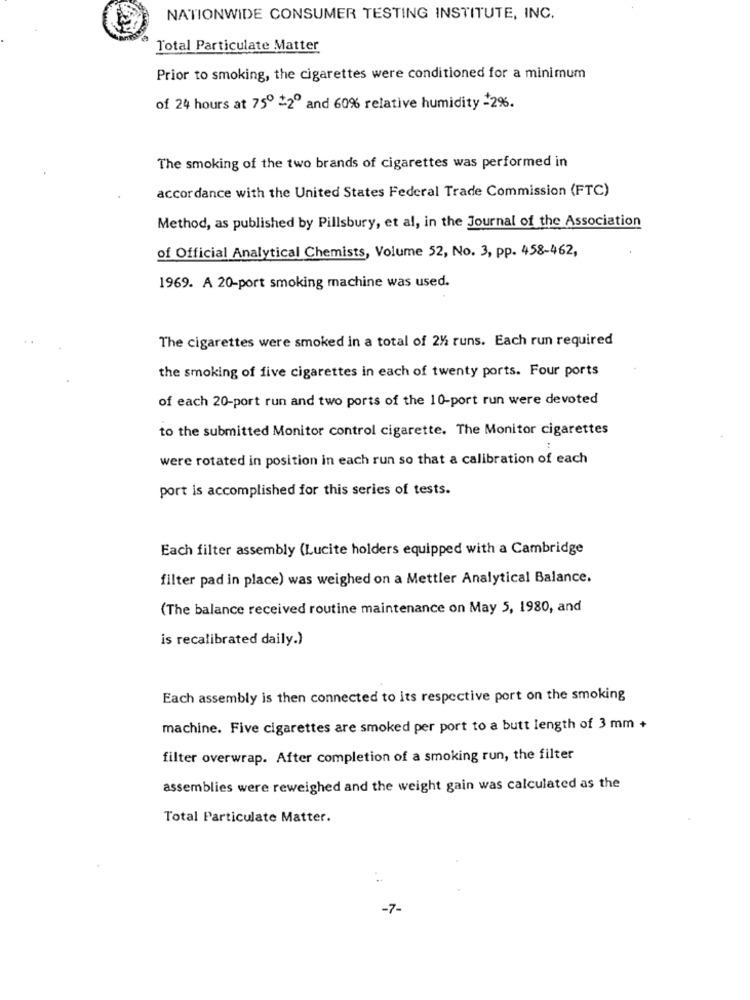
NATIONWIDE CONSUMER TESTING INSTITUTE, INC.
Total Particulate Matter
Prior to smoking, the cigarettes were conditioned for a minimum
of 24 hours at 75º 12º and 60% relative humidity=2%.
The smoking of the two brands of cigarettes was performed in
accordance with the United States Federal Trade Commission (FTC)
Method, as published by Pillsbury, et al, in the Journal of the Association
of Official Analytical Chemists, Volume 52, No. 3, pp. 458-462,
1969. A 20-port smoking machine was used.
The cigarettes were smoked in a total of 21 runs. Each run required
the smoking of five cigarettes in each of twenty ports. Four ports
of each 20-port run and two ports of the 10-port run were devoted
to the submitted Monitor control cigarette. The Monitor cigarettes
were rotated in position in each run so that a calibration of each
port is accomplished for this series of tests.
Each filter assembly (Lucite holders equipped with a Cambridge
filter pad in place) was weighed on a Mettler Analytical Balance.
(The balance received routine maintenance on May 5, 1980, and
is recalibrated daily.)
Each assembly is then connected to its respective port on the smoking
machine. Five cigarettes are smoked per port to a butt length of 3 mm +
filter overwrap. After completion of a smoking run, the filter
assemblies were reweighed and the weight gain was calculated as the
Total Particulate Matter.
-7-